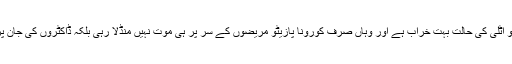
اس طرح دیکھا جائے تو اٹلی کی حالت بہت خراب ہے اور وہاں صرف کورونا پازیٹو مریضوں کے سر پر ہی موت نہیں منڈلا رہی بلکہ ڈاکٹروں کی جان پر بھی خطرہ بنا ہوا ہے۔